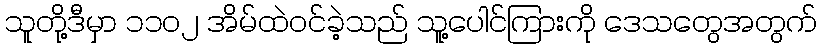
သူတို့ဒီမှာ ၁၁၀၂ အိမ်ထဲဝင်ခဲ့သည် သူ့ပေါင်ကြားကို ဒေသတွေအတွက်